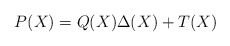
\begin{align*}P(X) = Q(X) \Delta(X) + T(X)\end{align*}